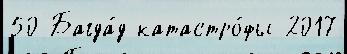
50 Багда́д катастро́фы 2017